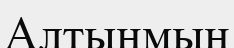
Алтынмын